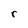
Character: r